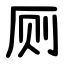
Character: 厕